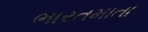
ભારતમાતા